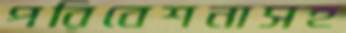
পরিবেশনাসহ